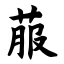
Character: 菔